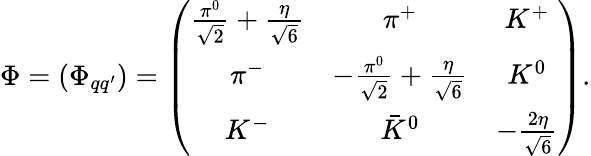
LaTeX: \Phi=({\Phi_{qq^{\prime}}})=\left(\begin{array}{ccc}{{\frac{\pi^{0}}{\sqrt{2}}+\frac{\eta}{\sqrt{6}}}}&{{\pi^{+}}}&{{K^{+}}}\\ {{\pi^{-}}}&{{-\frac{\pi^{0}}{\sqrt{2}}+\frac{\eta}{\sqrt{6}}}}&{{K^{0}}}\\ {{K^{-}}}&{{\bar{K}^{0}}}&{{-\frac{2\eta}{\sqrt{6}}}}\end{array}\right).